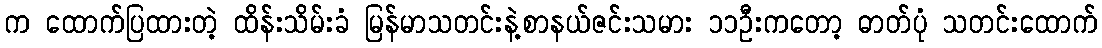
က ထောက်ပြထားတဲ့ ထိန်းသိမ်းခံ မြန်မာသတင်းနဲ့စာနယ်ဇင်းသမား ၁၁ဦးကတော့ ဓာတ်ပုံ သတင်းထောက်